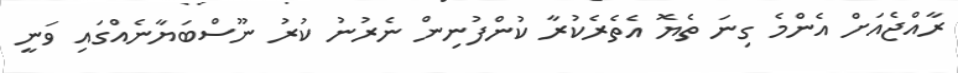
ރާއްޖެއަށް އެންމެ ގިނަ ތެޔޮ އެތެރެކުރާ ކުންފުނިން ނެރުނު ކުރު ނޫސްބަޔާނެއްގައި ވަނީ